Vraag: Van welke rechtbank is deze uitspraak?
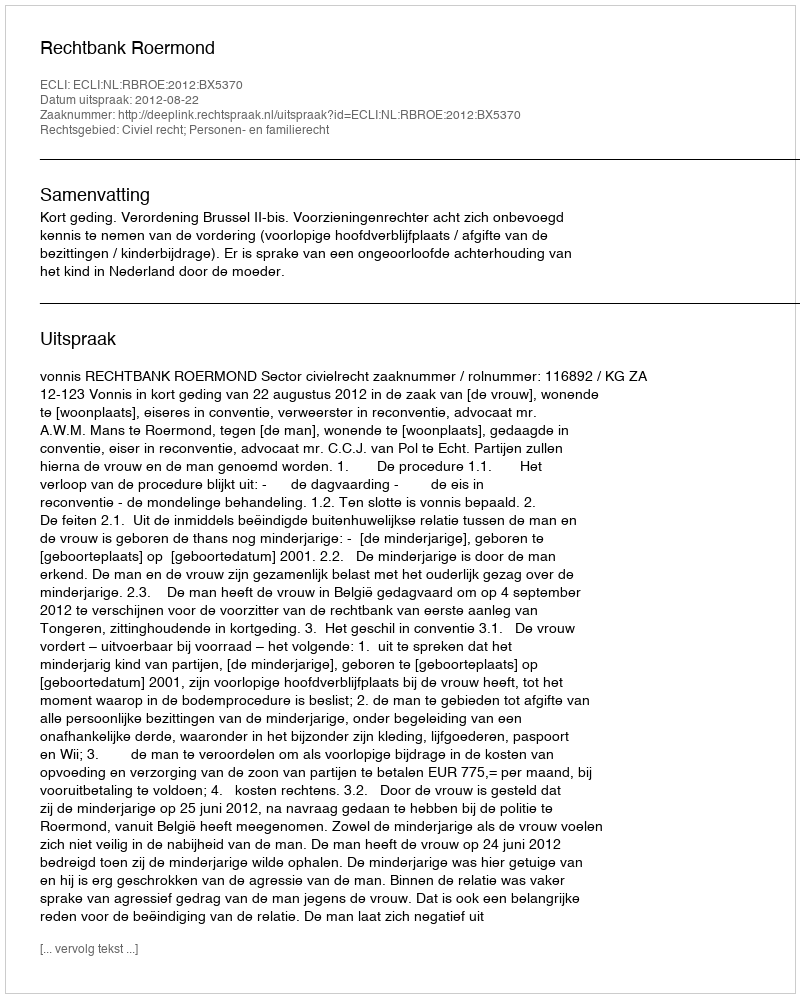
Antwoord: Rechtbank Roermond